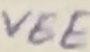
Text: VEE